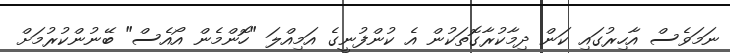
ނަމަވެސް އާހިރުގައި ކަން ދިމާކުރާގޮތަކުން އެ ކުންފުނީގެ އަމިއްލަ "ހޮންމެން އޯއެސް" ބޭނުންކުރުމަށް